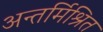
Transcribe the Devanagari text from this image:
अन्तर्मिश्रित